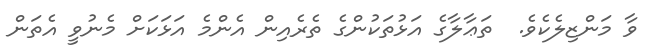
ވާ މަންޒިލެކެވެ.  ތަޢާލާގެ އަޅުތަކުންގެ ތެރެއިން އެންމެ އަޅަކަށް މެނުވީ އެތަން